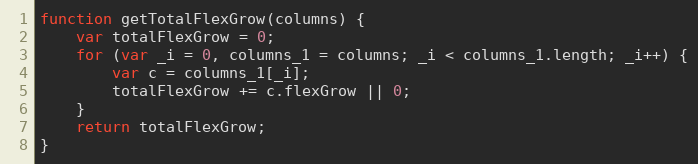
Language: JavaScript
function getTotalFlexGrow(columns) {
    var totalFlexGrow = 0;
    for (var _i = 0, columns_1 = columns; _i < columns_1.length; _i++) {
        var c = columns_1[_i];
        totalFlexGrow += c.flexGrow || 0;
    }
    return totalFlexGrow;
}